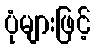
ပုံများဖြင့်